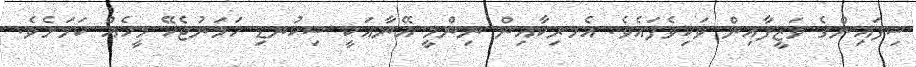
ސިފައިންގެ ވަޒީފާއިން ވަކިވެފައެވެ. އެމރިކާއިން ނިންމީ އޭނާއަކީ ސިކުނޑި ހަމަނުޖެހޭ މީހެއް ކަމަށެވެ.